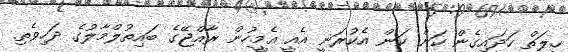
ހީލަތް ހަދައިގެން ކަން ކަން އެކުރަނީ އެއީ އެމީހުން ރާއްޖޭގެ ބައިތުލްމާލުގެ ދަހިވެތި